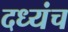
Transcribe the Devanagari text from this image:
दध्यंच